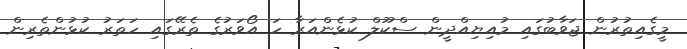
މީގެއިތުރުން ޖަވާބުގައި މުއިޔިއްދީން ސްކޫލް ކުޅެންއަރާ ހަ އޯވަރުގެ ތެރޭގައި ހަތަރު ކުޅުންތެރިން